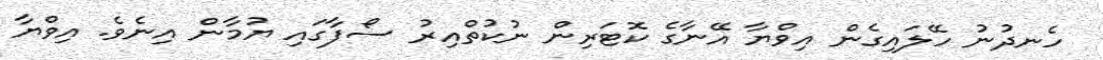
ހެނދުނު ހޭލައިގެން އިވްޔާ އޭނާގެ ކޮޓަރިން ނުކުތްއިރު ސޯފާގައި ޔުމާން އިނެވެ. އިވްޔާ